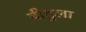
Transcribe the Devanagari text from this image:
बीटुला